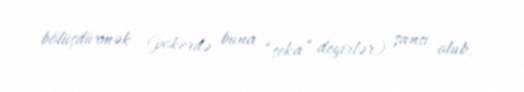
bölüşdürmək (pokerdə buna “seka” deyirlər) şansı olub.